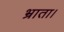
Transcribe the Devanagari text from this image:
भ्राता।